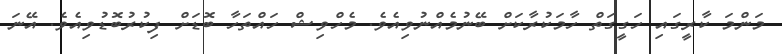
މަންމަ ކާރީގައި ހަގީގަތް ހާމަކުރާކަށް ބޭނުމެއްނުވިއެވެ. މެހްވިޝް ހައްތަހާ ބޮޑަށް ފިކުރުބޮޑުވިއެވެ. އޭނަ